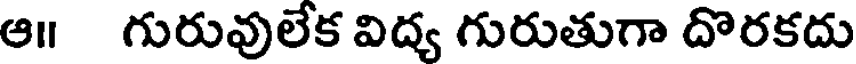
ఆ॥ గురువులేక విద్య గురుతుగా దొరకదు